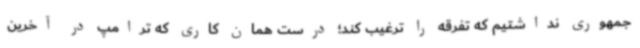
جمهوری نداشتیم که تفرقه را ترغیب کند؛ درست همان کاری که ترامپ در آخرین